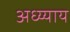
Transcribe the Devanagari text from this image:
अध्य्याय